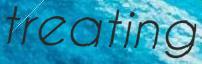
treating